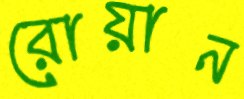
রোয়ান